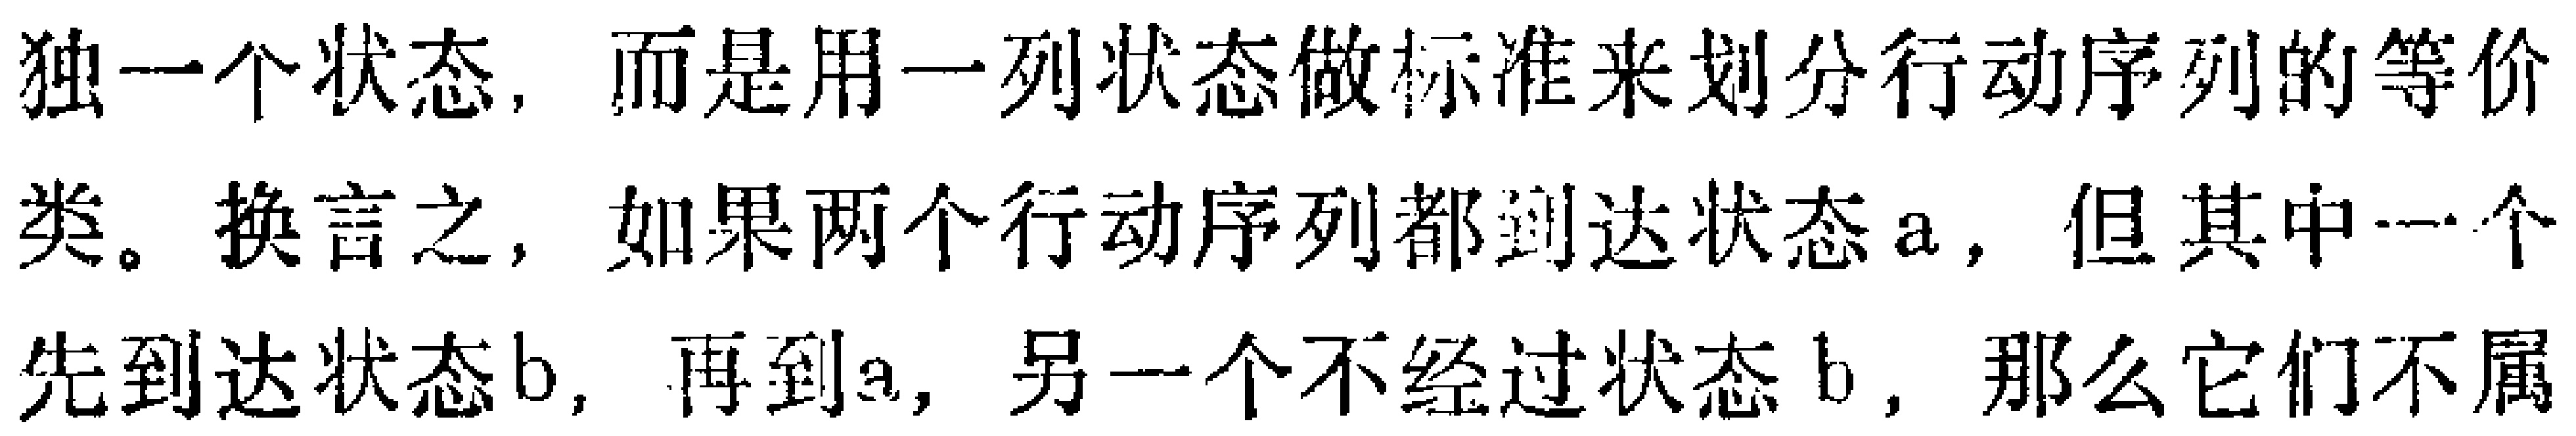
独一个状态，而是用一列状态做标准来划分行动序列的等价类。换言之，如果两个行动序列都到达状态a，但其中一个先到达状态b，再到a，另一个不经过状态b，那么它们不属